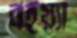
বইয়্যা